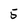
Character: 5